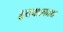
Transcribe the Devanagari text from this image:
हृदयप्रकाश